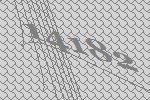
14182